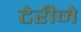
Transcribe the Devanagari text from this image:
टेरीने